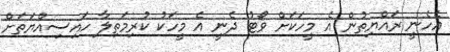
އެހެނީ ރައްޔިތުން އެ މީހަކަށް ވޯޓު ދެނީ އެ މީހަކު ކުރިމަތިލާ ހައިސިއްޔަތަށް